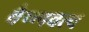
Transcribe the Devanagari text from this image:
वैष्णवत्व